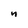
Character: n